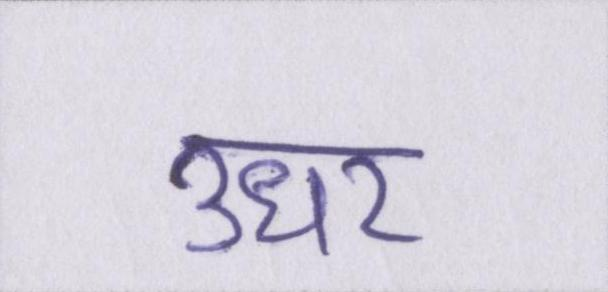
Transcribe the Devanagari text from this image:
उधर